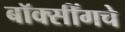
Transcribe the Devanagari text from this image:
बॉक्सींगचे